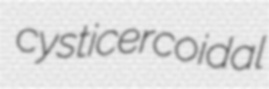
cysticercoidal